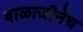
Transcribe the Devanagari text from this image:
बाळाजीनेच